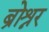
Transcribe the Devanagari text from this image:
ब्रोश्नर